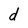
Character: d